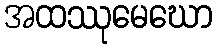
အထဿုမေဃော